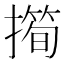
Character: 𢵀